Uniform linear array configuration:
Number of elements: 16
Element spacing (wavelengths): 0.25
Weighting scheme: hann
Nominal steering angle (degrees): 30
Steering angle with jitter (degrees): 31.035
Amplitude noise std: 0.05
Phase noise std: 0.05

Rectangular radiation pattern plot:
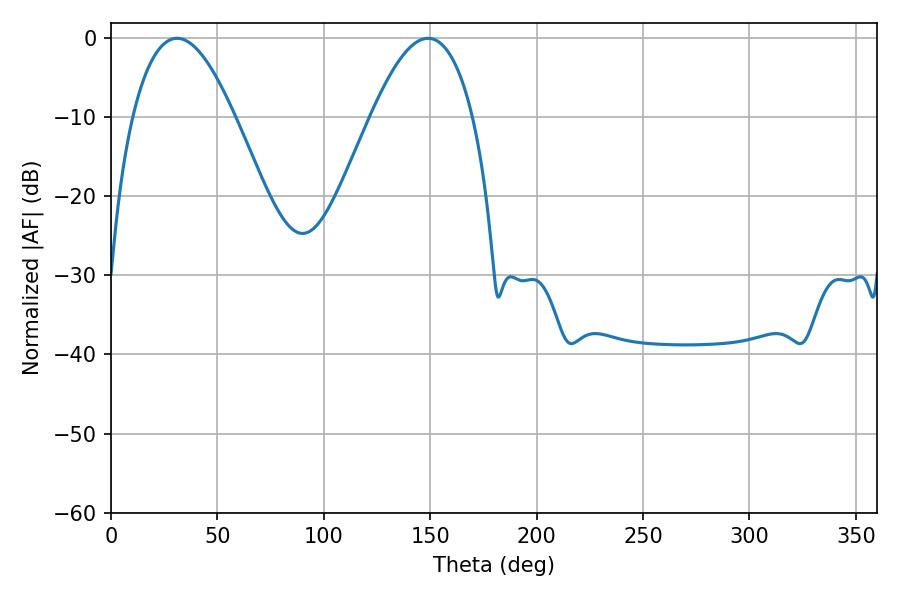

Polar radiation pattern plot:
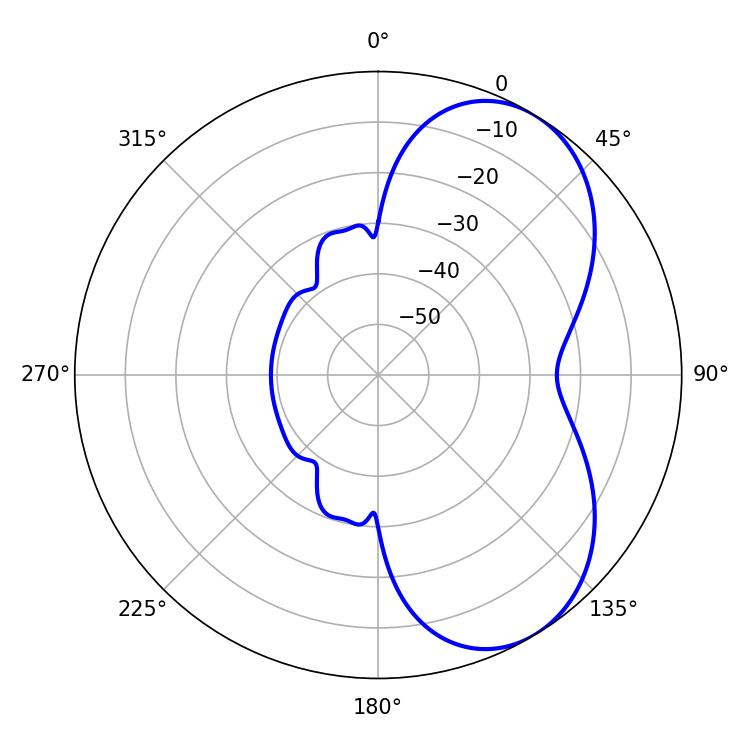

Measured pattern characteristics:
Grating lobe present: FALSE
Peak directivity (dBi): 5.761
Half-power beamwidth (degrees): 26.1
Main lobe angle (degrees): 30.96